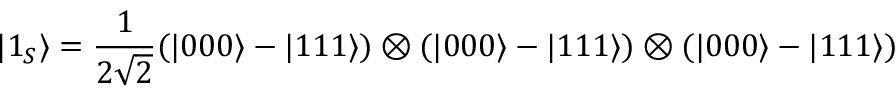
| 1 _ { S } \rangle = { \frac { 1 } { 2 { \sqrt { 2 } } } } ( | 0 0 0 \rangle - | 1 1 1 \rangle ) \otimes ( | 0 0 0 \rangle - | 1 1 1 \rangle ) \otimes ( | 0 0 0 \rangle - | 1 1 1 \rangle )